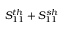
S _ { 1 1 } ^ { t h } + S _ { 1 1 } ^ { s h }